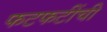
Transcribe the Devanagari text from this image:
फटफटींची